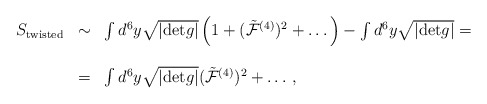
\begin{align*}\begin{array}{rcl}S_{{\rm twisted}}&\sim & \int d^6 y\sqrt{|{\rm det}g|}\left(1+({\tilde {\cal F}}^{(4)})^2+\dots\right)-\int d^6 y\sqrt{|{\rm det}g|}=\\&&\\&=&\int d^6 y\sqrt{|{\rm det}g|}({\tilde {\cal F}}^{(4)})^2+\dots\, ,\\\end{array}\end{align*}